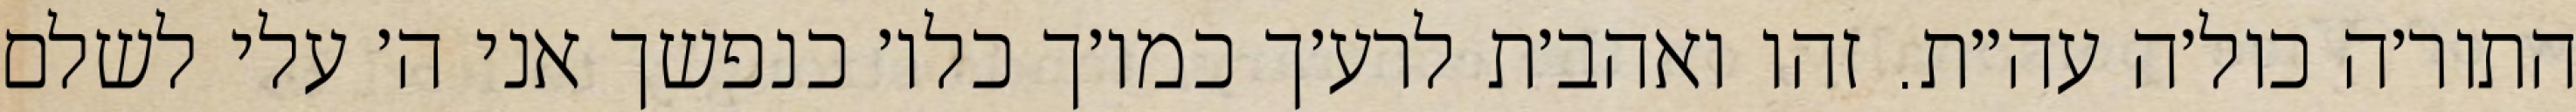
התור׳ה כול׳ה עה״ת. זהו ואהב׳ת לרע׳ך כמו׳ך כלו׳ כנפשך אני ה׳ עלי לשלם